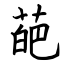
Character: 葩